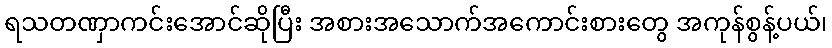
ရသတဏှာကင်းအောင်ဆိုပြီး အစားအသောက်အကောင်းစားတွေ အကုန်စွန့်ပယ်၊